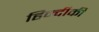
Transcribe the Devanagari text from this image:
हिन्दीकी